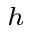
_ h